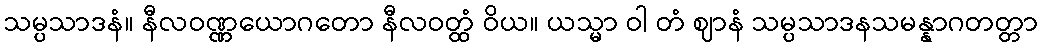
သမ္ပသာဒနံ။ နီလဝဏ္ဏယောဂတော နီလဝတ္ထံ ဝိယ။ ယသ္မာ ဝါ တံ ဈာနံ သမ္ပသာဒနသမန္နာဂတတ္တာ